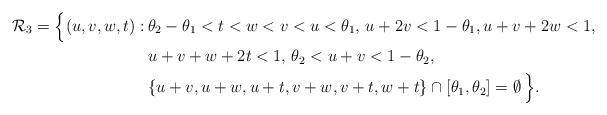
LaTeX: \begin{align*}\mathcal{R}_3=\Bigl\{(u,v,w,t):\,&\theta_2-\theta_1<t<w<v<u<\theta_1,\,u+2v<1-\theta_1,u+v+2w<1,\\&u+v+w+2t<1,\,\theta_2<u+v<1-\theta_2,\\ &\{u+v,u+w,u+t,v+w,v+t,w+t\}\cap[\theta_1,\theta_2]=\emptyset\,\Bigr\}.\end{align*}